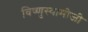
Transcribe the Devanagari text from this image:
विष्णुस्वामीजी